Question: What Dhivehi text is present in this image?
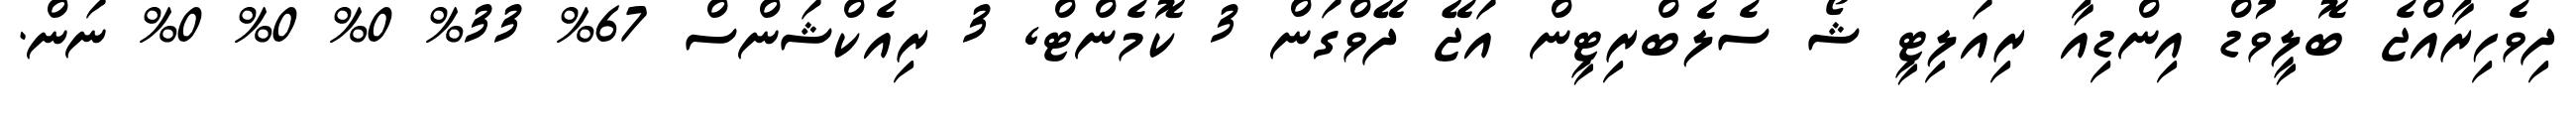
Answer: ދިވެހިރާއްޖެ ބޮލީވުޑް އިންޑިއާ ރިއަލިޓީ ޝޯ ސެލެބްރިޓީން އަޖޭ ދޭވްގަން 3 ކޮމެންޓް, 3 ރިއެކްޝަންސް 67% 33% 0% 0% 0% ނަން.